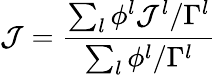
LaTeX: \mathcal{J}=\frac{\sum_{l}\phi^{l}\mathcal{J}^{l}/\Gamma^{l}}{\sum_{l}\phi^{l}/\Gamma^{l}}